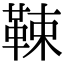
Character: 𩊯